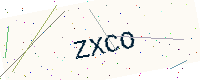
Text: ZXCO